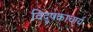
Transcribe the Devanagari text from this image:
विदूषकाचार्य